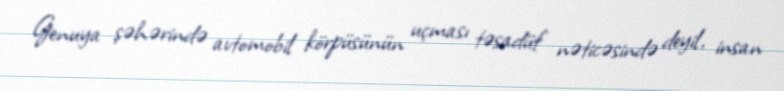
Genuya şəhərində avtomobil körpüsünün uçması təsadüf nəticəsində deyil, insan